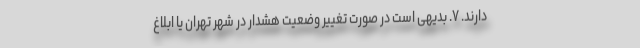
دارند. ۷. بدیهی است در صورت تغییر وضعیت هشدار در شهر تهران یا ابلاغ